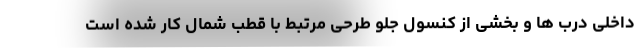
داخلی درب ها و بخشی از کنسول جلو طرحی مرتبط با قطب شمال کار شده است